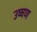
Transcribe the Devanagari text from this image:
उष्षण